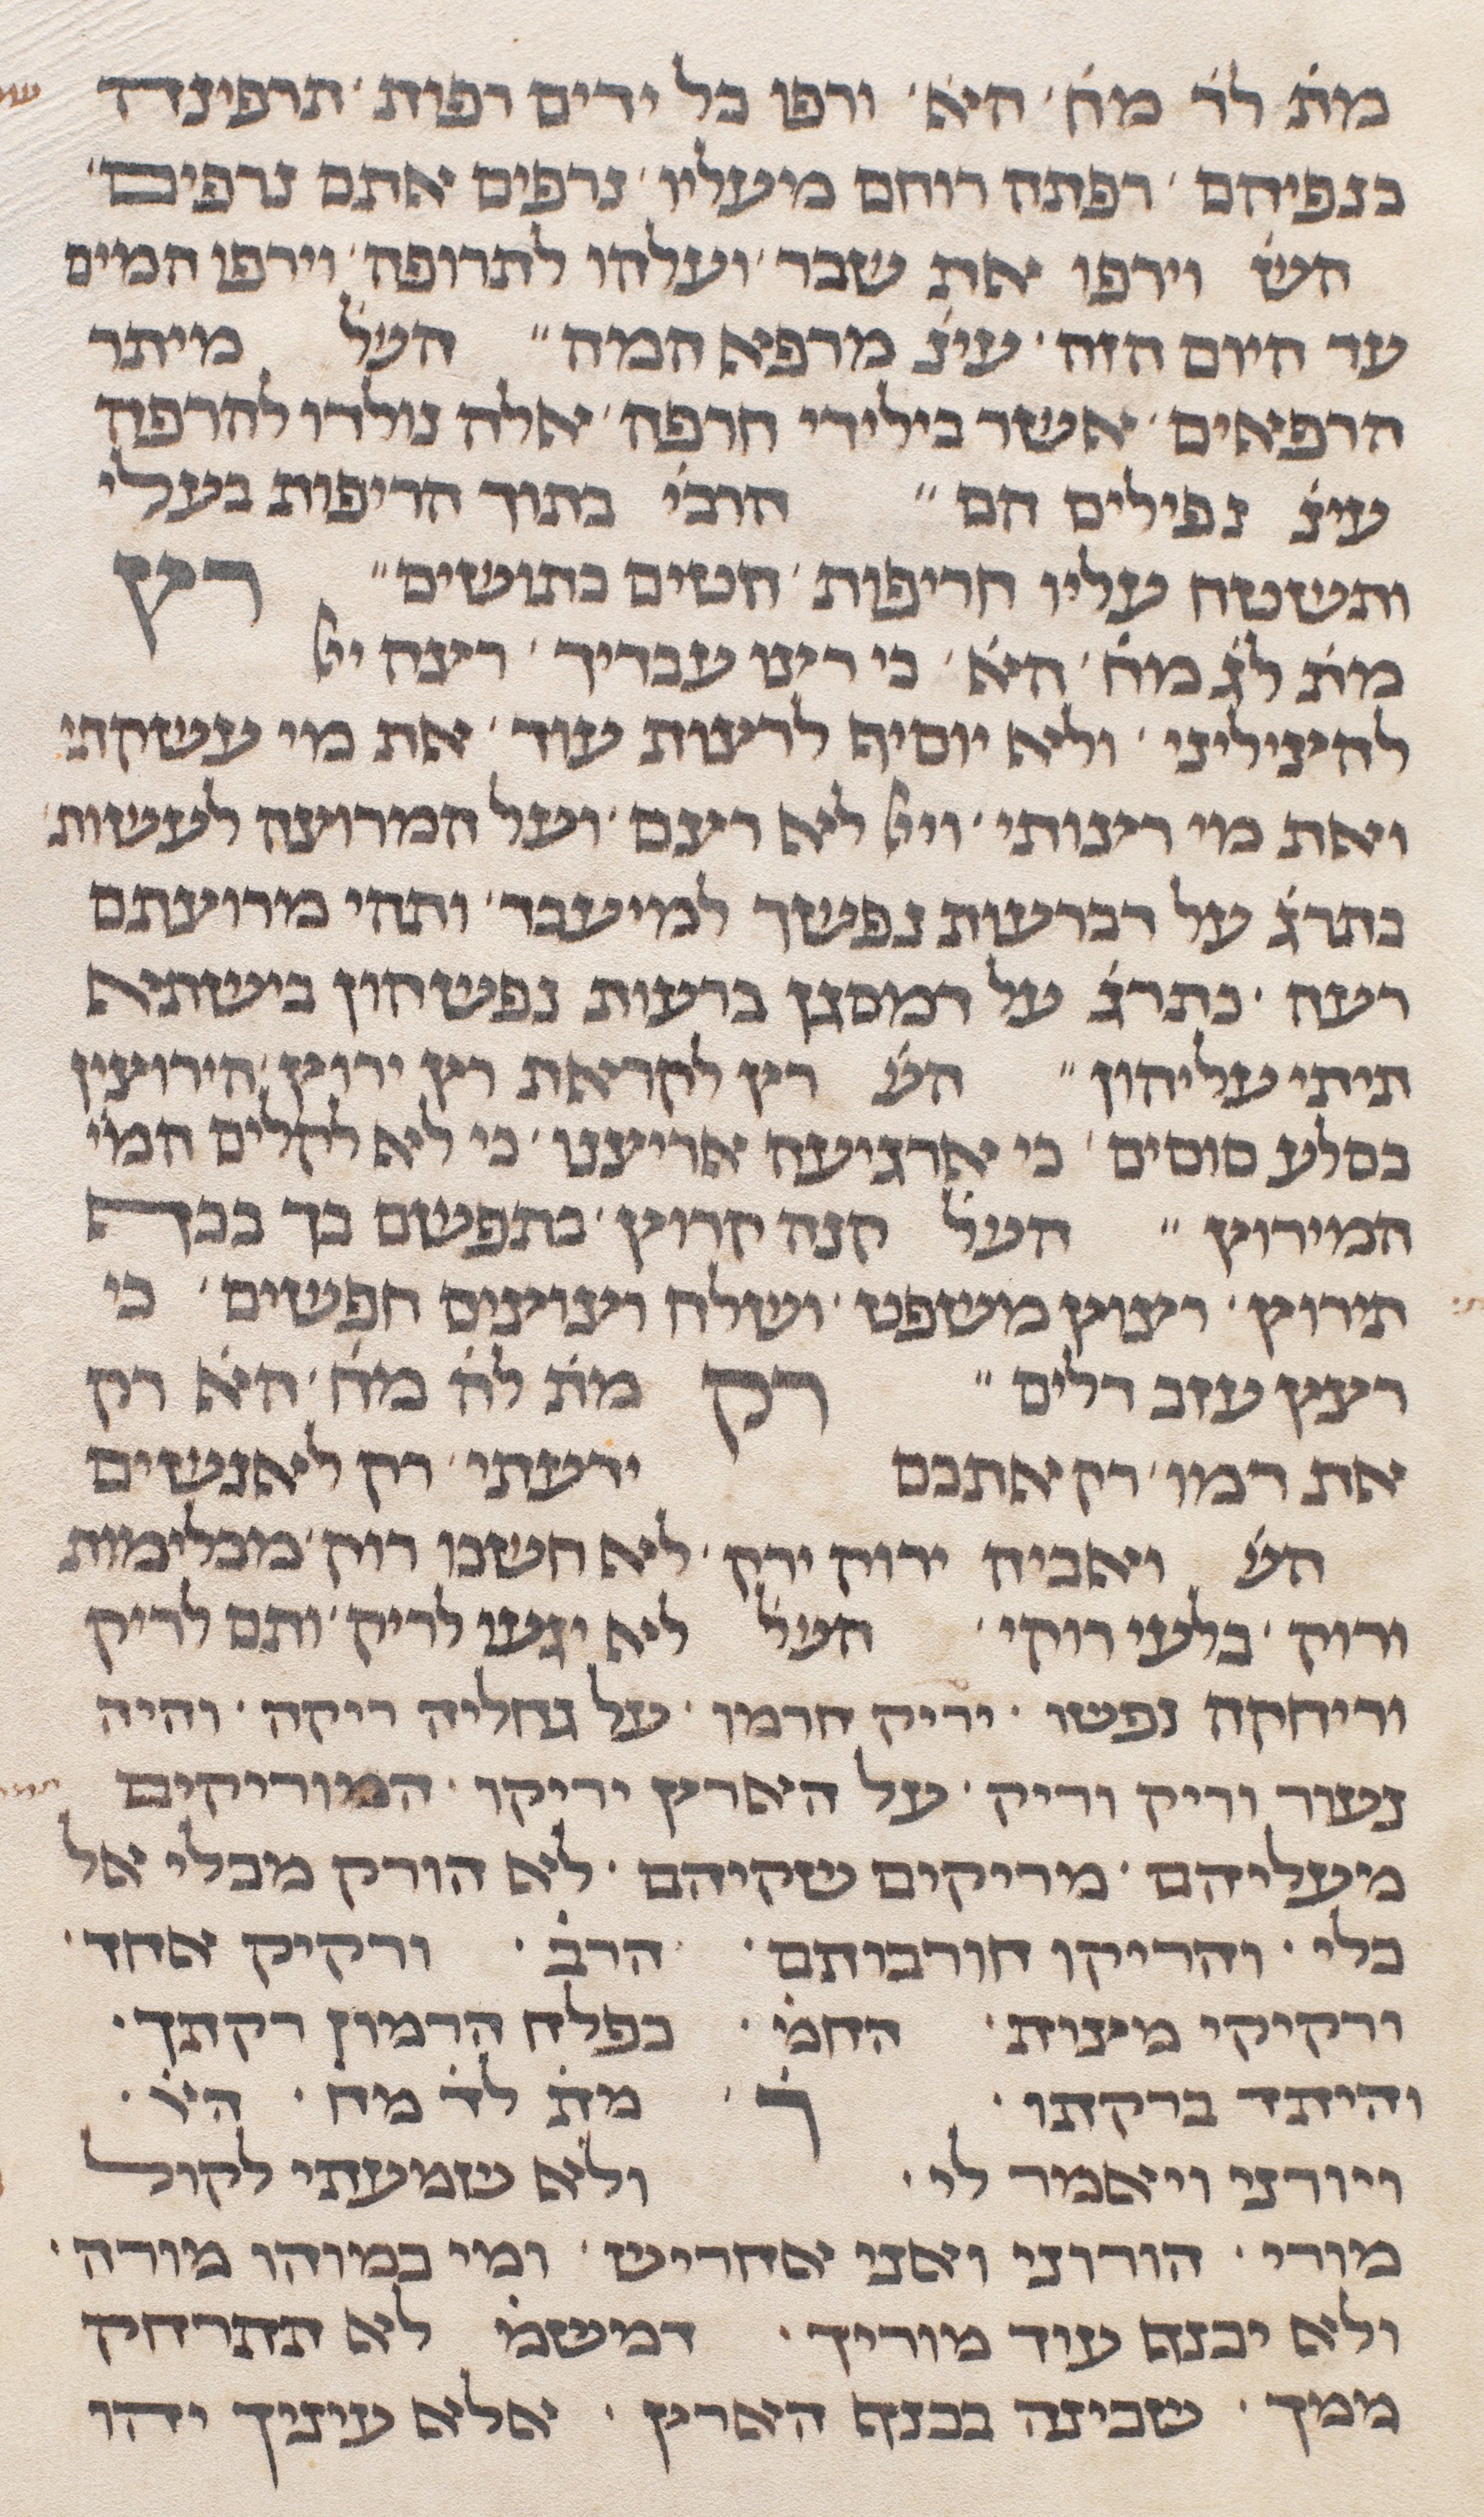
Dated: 1290–1290